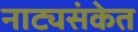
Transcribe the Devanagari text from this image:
नाट्यसंकेत